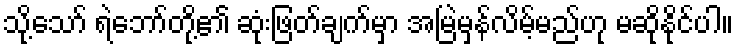
သို့သော် ရဲဘော်တို့၏ ဆုံးဖြတ်ချက်မှာ အမြဲမှန်လိမ့်မည်ဟု မဆိုနိုင်ပါ။